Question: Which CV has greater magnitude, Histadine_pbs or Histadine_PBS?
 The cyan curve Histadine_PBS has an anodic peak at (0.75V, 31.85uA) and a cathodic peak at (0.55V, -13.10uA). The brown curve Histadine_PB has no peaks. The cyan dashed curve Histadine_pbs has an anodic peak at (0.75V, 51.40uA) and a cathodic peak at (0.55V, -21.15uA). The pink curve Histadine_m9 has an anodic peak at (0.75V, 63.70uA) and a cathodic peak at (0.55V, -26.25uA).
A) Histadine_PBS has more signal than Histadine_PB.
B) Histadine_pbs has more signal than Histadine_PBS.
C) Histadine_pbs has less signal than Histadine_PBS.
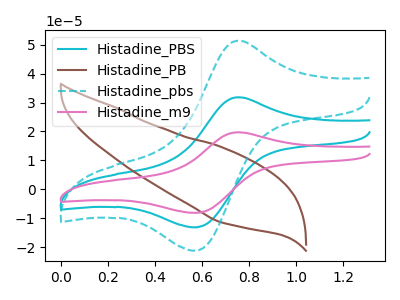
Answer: <think>All the peaks in "Histadine_pbs" have a peak in "Histadine_PBS" at the same potential. Every peak in "Histadine_pbs" is higher than every peak in "Histadine_PBS".
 </think>
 <answer>B) "Histadine_pbs" has more signal than "Histadine_PBS".</answer>
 <eval>B</eval>